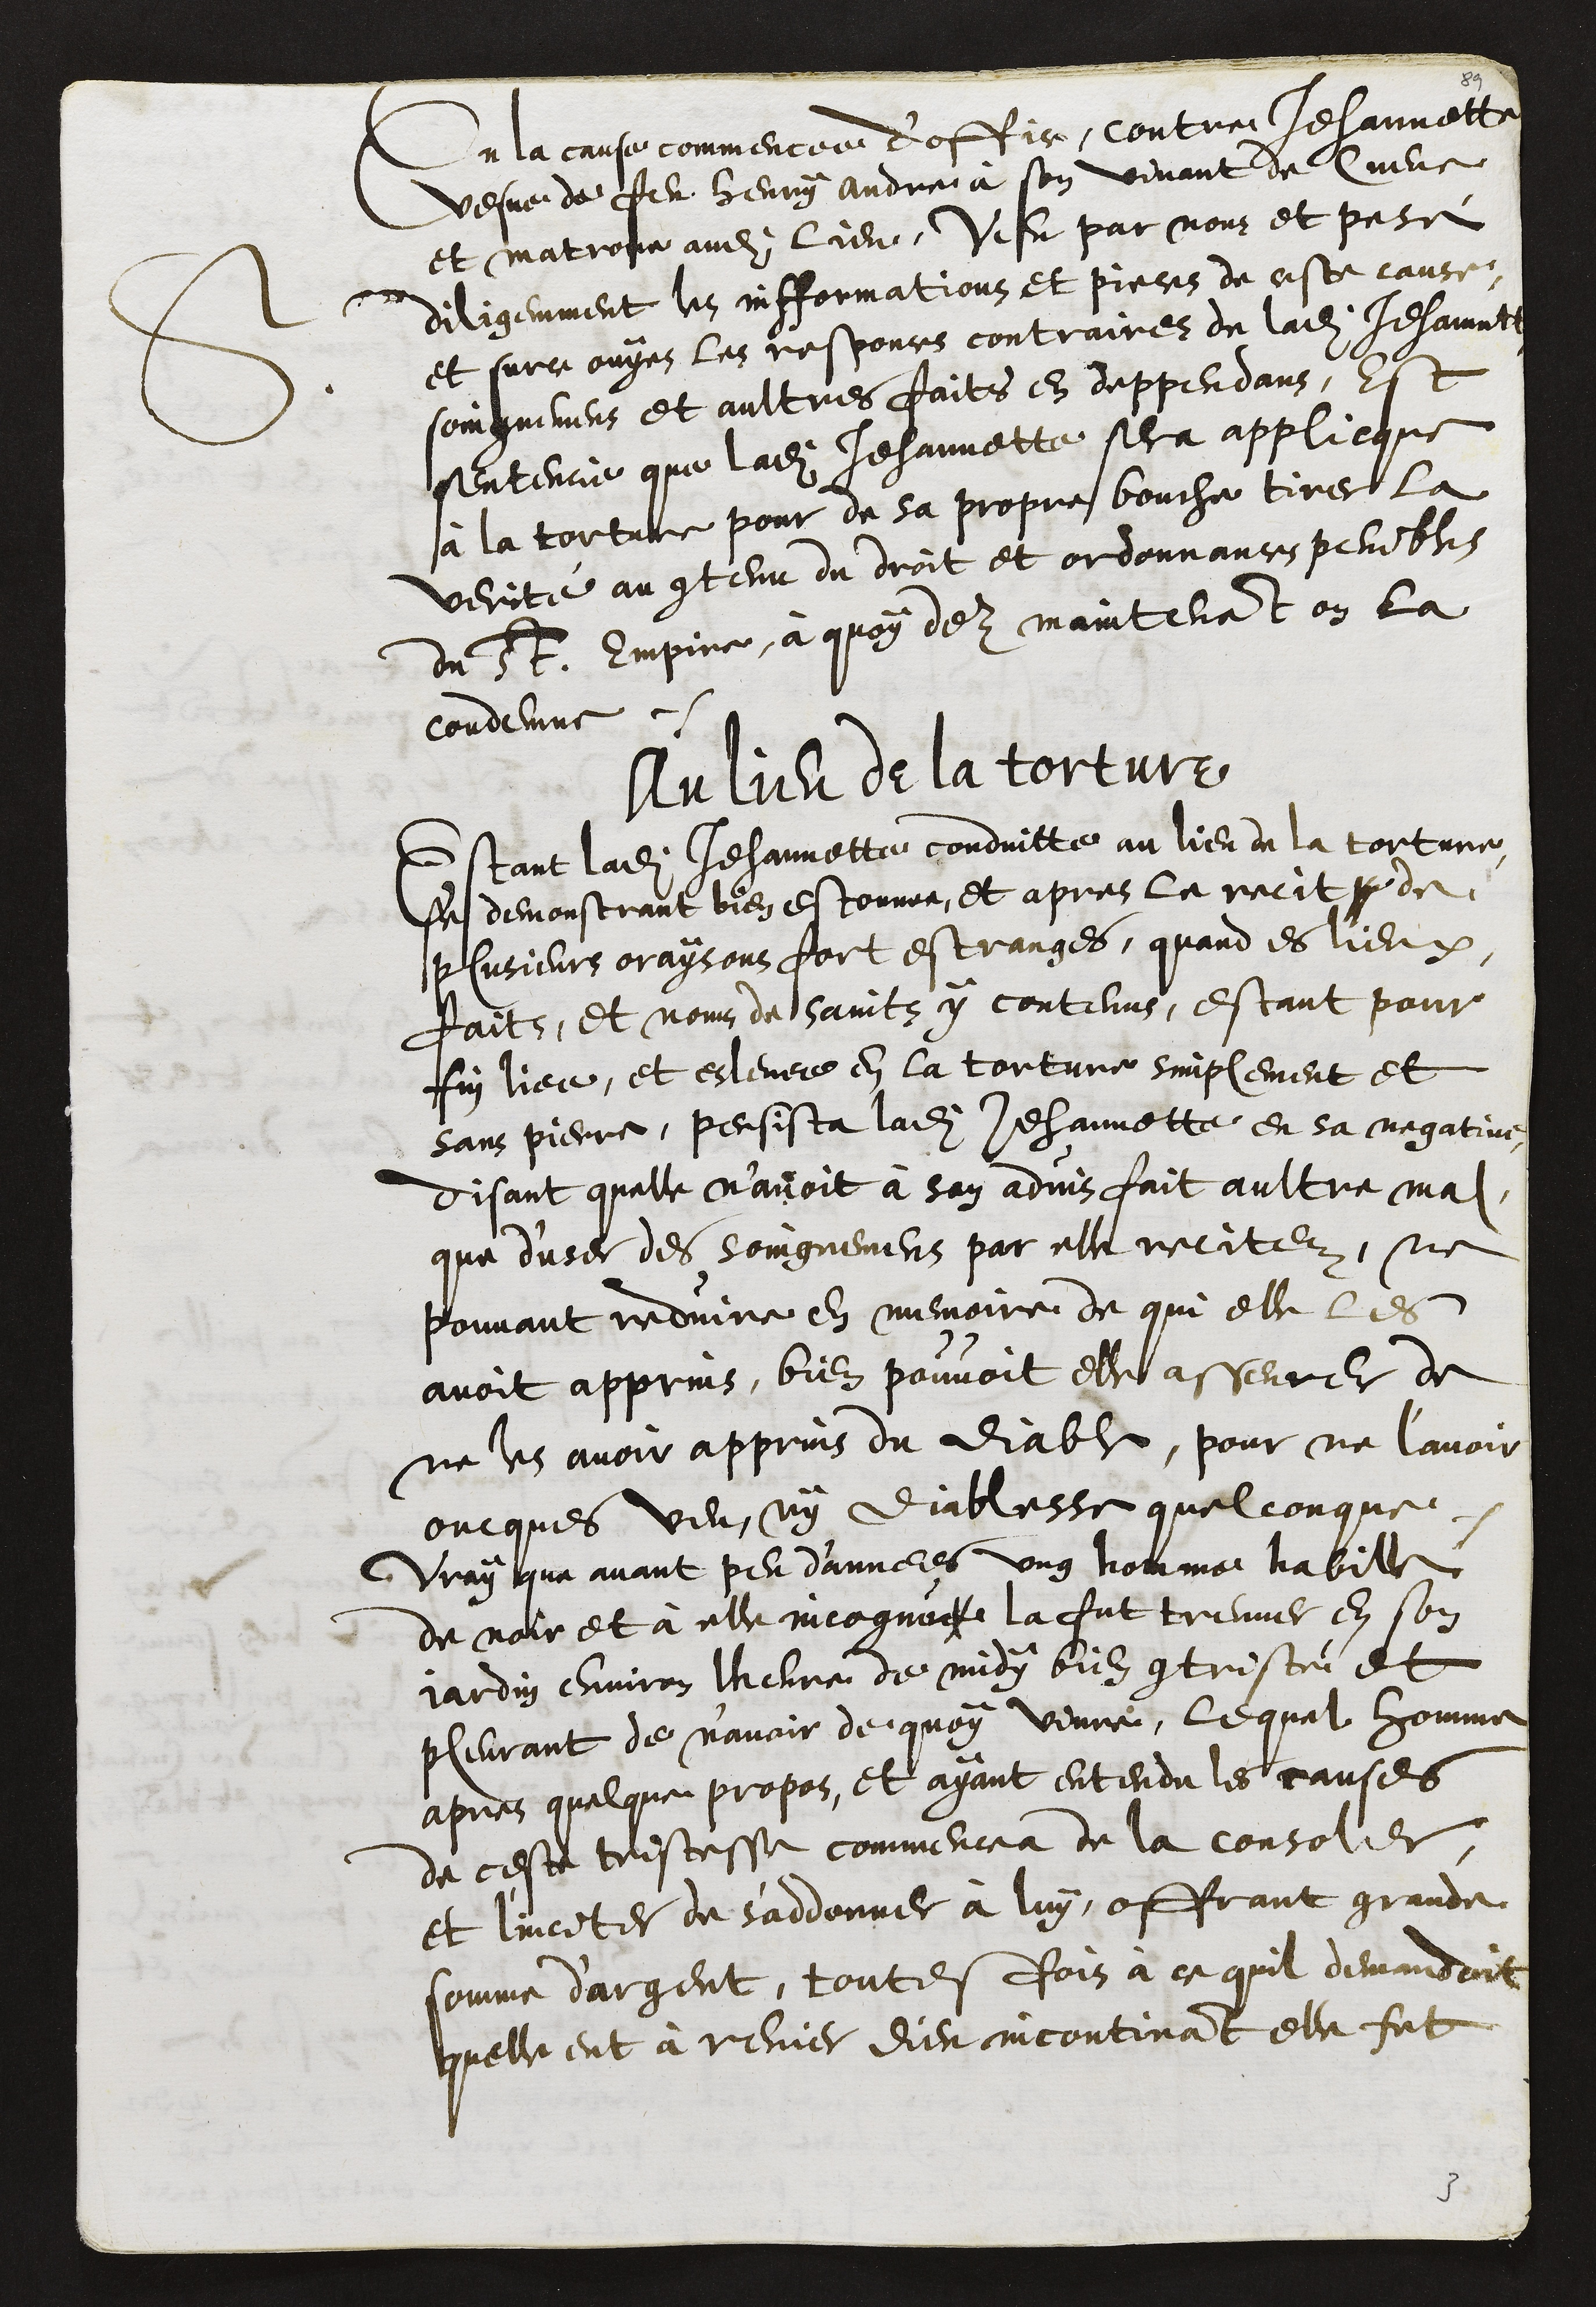
S.
En la cause commencee d’office, contre Jehannette
vesve de feu Henry andre à son vivant de Cueve
et matrone audit lieu, Veu par nous et pesé
diligemment les infformations et pieces de ceste cause,
et surce ouyes les responces contraires de ladite Jehannette
soingnemens et aultres faits en deppendans, est
sentencie que ladite Jehannette sera applicque
à la torture pour de sa propre bouche tirer la
verité au contenu du droit et ordonnances penibles
de St. Empire, à quoy dez maintenant on la
condemne
Au lieu de la torture.
Estant ladite Jehannette conduitte au lieu de la torture,
se demonstrant bien estonnee, et apres le recit p de
plusieurs oraisons fort estranges, quand es lieux,
faits, et noms de Saints y contenus, estant pour
fin liee, et eslevee en la torture simplement et
sans pierre, persista ladite Jehannette en sa negative,
disant quelle n’avoit à son advis fait aultre mal
que d'user des soingnemens par elle recitez, ne
pouvant reduire en memoire de qui elle les
avoit apprins, bien pouvoit elle asseurer de
ne les avoir apprins du diable, pour ne l’avoir
oncques veu, ny diablesse quelconque.
Vray que avant peu d'annees ung homme habille
de noir et à elle incogneu la fut treuver en son
jardin environ lheure de midy bien contristé et
pleurant de n'avoir de quoy vivre, lequel homme
apres quelque propos, et ayant entendu les causes
de ceste tristesse commencea de la consoler
et l'inciter de s'addonner à luy, offrant grande
somme d'argent, toutesfois à ce quil demandoit
quelle eut à renier dieu incontinant elle fut

3